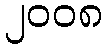
၂၀၀၈